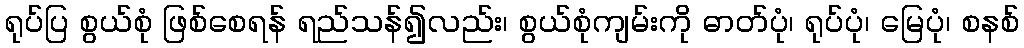
ရုပ်ပြ စွယ်စုံ ဖြစ်စေရန် ရည်သန်၍လည်း၊ စွယ်စုံကျမ်းကို ဓာတ်ပုံ၊ ရုပ်ပုံ၊ မြေပုံ၊ စနစ်